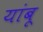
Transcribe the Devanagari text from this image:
यांबू